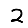
Digit: 2